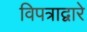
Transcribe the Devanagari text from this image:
विपत्राद्वारे